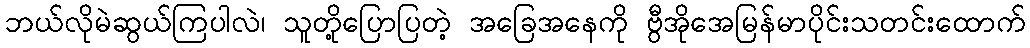
ဘယ်လိုမဲဆွယ်ကြပါလဲ၊ သူတို့ပြောပြတဲ့ အခြေအနေကို ဗွီအိုအေမြန်မာပိုင်းသတင်းထောက်